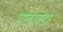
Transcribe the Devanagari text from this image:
पांडरवडा